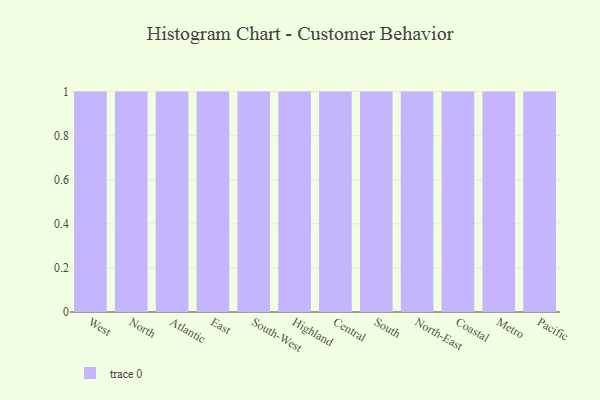
{"axis": {"x": "Region", "y": "Population (Million)"}, "legend": [""], "data": [{"x": "West", "y": 62, "type": ""}, {"x": "North", "y": 13, "type": ""}, {"x": "Atlantic", "y": 63, "type": ""}, {"x": "East", "y": 80, "type": ""}, {"x": "South-West", "y": 41, "type": ""}, {"x": "Highland", "y": 61, "type": ""}, {"x": "Central", "y": 40, "type": ""}, {"x": "South", "y": 3, "type": ""}, {"x": "North-East", "y": 95, "type": ""}, {"x": "Coastal", "y": 82, "type": ""}, {"x": "Metro", "y": 64, "type": ""}, {"x": "Pacific", "y": 40, "type": ""}]}